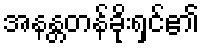
အနန္တတန်ခိုးရှင်၏